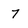
Character: 7